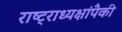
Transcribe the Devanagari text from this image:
राष्ट्राध्यक्षांपैकी